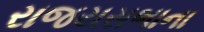
રાજયસભાના